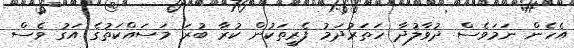
އެހެން ނަމަވެސް ދުވާލުދާ ހަތަރުދަމު ފެރީތަކުން ކުރާ ބުރަ މަސައްކަތުގެ އަގު ވެސް